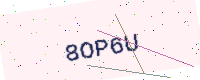
Text: 8OP6U